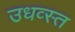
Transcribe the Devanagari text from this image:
उधव्स्त